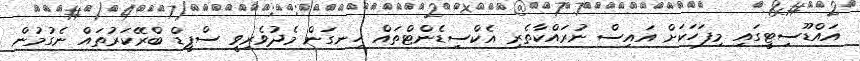
އައްޑޫސިޓީގައި މިފަހަކަށް އައިސް ނުރައްކާތެރި އެކްސިޑެންޓްތައް ހިނގަން މެދުވެރިވީ ސްޕީޑް ބްރޭކަރުތައް ނެގުމުން